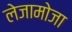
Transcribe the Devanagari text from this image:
लेजामोजा